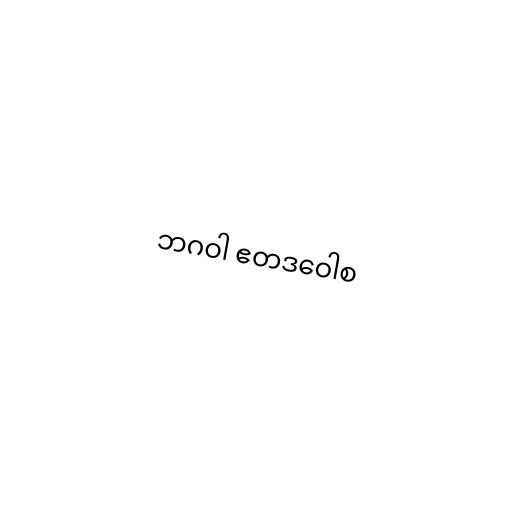
ဘဂဝါ ဧတဒဝေါစ